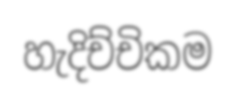
හැදිච්චිකම